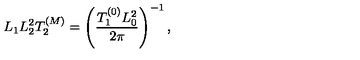
L _ { 1 } L _ { 2 } ^ { 2 } T _ { 2 } ^ { ( M ) } = \left( { \frac { T _ { 1 } ^ { ( 0 ) } L _ { 0 } ^ { 2 } } { 2 \pi } } \right) ^ { - 1 } ,